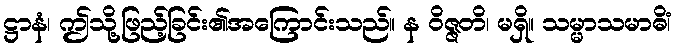
ဋ္ဌာနံ၊ ဤသို့ဖြည့်ခြင်း၏အကြောင်းသည်။ န ဝိဇ္ဇတိ၊ မရှိ။ သမ္မာသမာဓိံ၊